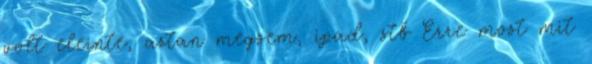
volt eleinte, aztan megsem, ipad, stb Erre most mit